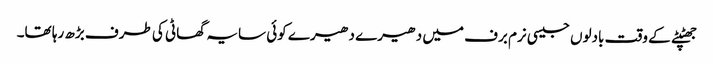
جھٹپٹے کے وقت بادلوں جیسی نرم برف میں دھیرے دھیرے کوئی سایہ گھاٹی کی طرف بڑھ رہا تھا۔